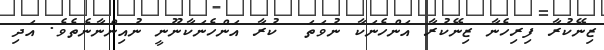
ޒިނޭކުރާ ފިރިހެނާ ޒިނޭކުރާ އަންހެނަކާ ނުވަތަ  ކުރާ އަންހެނަކާނޫނީ ނުއިންނާނެތެވެ. އަދި